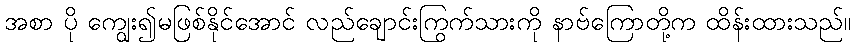
အစာ ပို ကျွေး၍မဖြစ်နိုင်အောင် လည်ချောင်းကြွက်သားကို နာဗ်ကြောတို့က ထိန်းထားသည်။